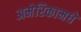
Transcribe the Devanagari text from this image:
अमेरिकामधे